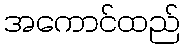
အကောင်ထည်